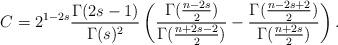
LaTeX: \begin{align*}C=2^{1-2s}\frac{\Gamma(2s-1)}{\Gamma(s)^2}\left(\frac{\Gamma(\tfrac{n-2s}{2})}{\Gamma(\tfrac{n+2s-2}{2})}-\frac{\Gamma(\tfrac{n-2s+2}{2})}{\Gamma(\tfrac{n+2s}{2})}\right).\end{align*}